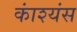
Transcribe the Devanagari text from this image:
कांश्यंस